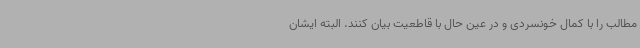
مطالب را با کمال خونسردی و در عین حال با قاطعیت بیان کنند. البته ایشان